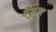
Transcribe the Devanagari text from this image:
बैकुण्ड